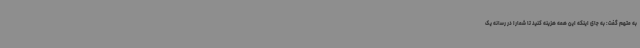
به متهم گفت: به جای اینکه این همه هزینه کنید تا شمارا در رسانه یک